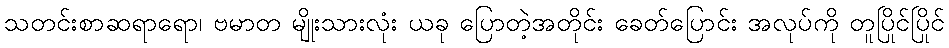
သတင်းစာဆရာရော၊ ဗမာတ မျိုးသားလုံး ယခု ပြောတဲ့အတိုင်း ခေတ်ပြောင်း အလုပ်ကို တူပြိုင်ပြိုင်